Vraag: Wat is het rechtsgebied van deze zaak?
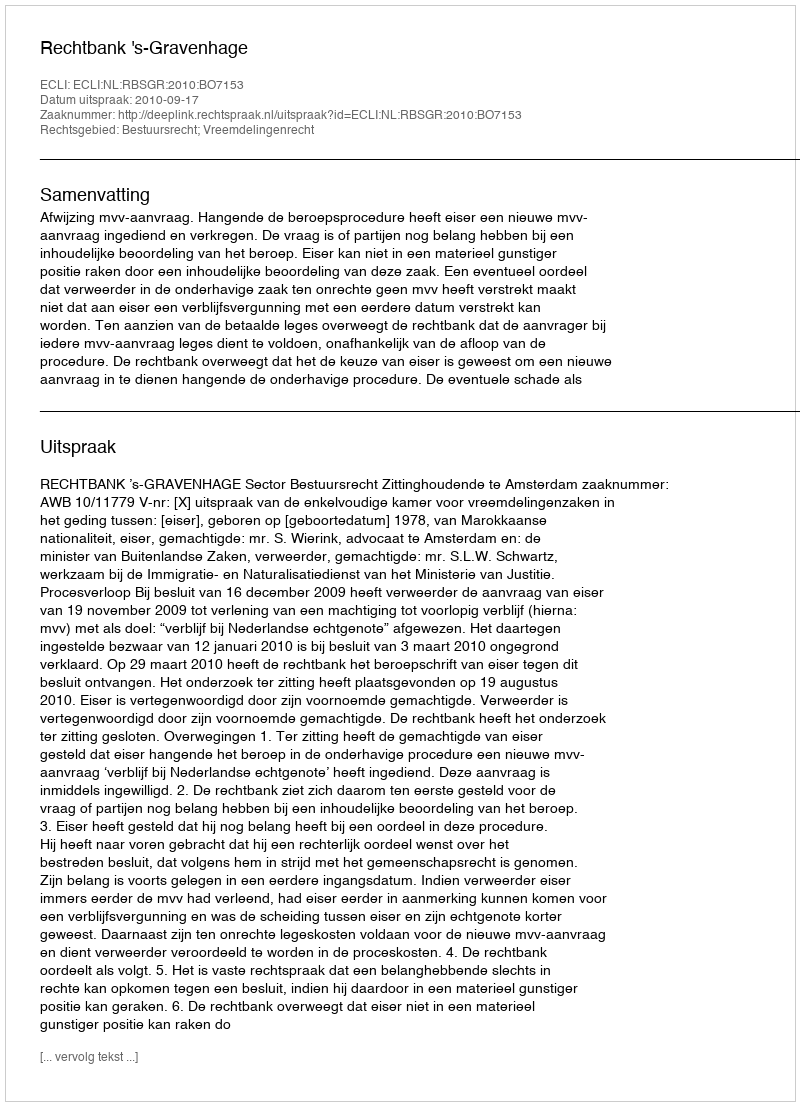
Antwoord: Bestuursrecht; Vreemdelingenrecht